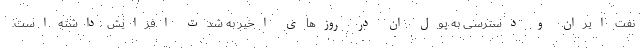
نفت ایران و دسترسی به پول ان در روزهای اخیر به شدت افزایش داشته است.